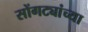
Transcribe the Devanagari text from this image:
सोंगट्यांच्या